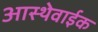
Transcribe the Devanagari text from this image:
आस्थेवाईक